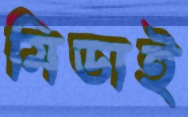
মিডাই